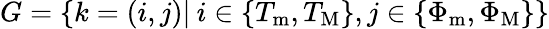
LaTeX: G=\left\lbrace k=(i,j)|\: i\in\left\lbrace T_{\mathrm{m}},T_{\mathrm{M}}\right\rbrace,j\in\left\lbrace\Phi_{\mathrm{m}},\Phi_{\mathrm{M}}\right\rbrace\right\rbrace